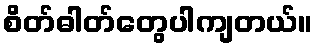
စိတ်ဓါတ်တွေပါကျတယ်။